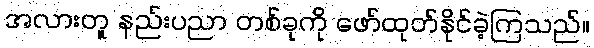
အလားတူ နည်းပညာ တစ်ခုကို ဖော်ထုတ်နိုင်ခဲ့ကြသည်။